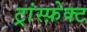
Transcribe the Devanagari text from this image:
ट्रांस्फ़ेक्ट